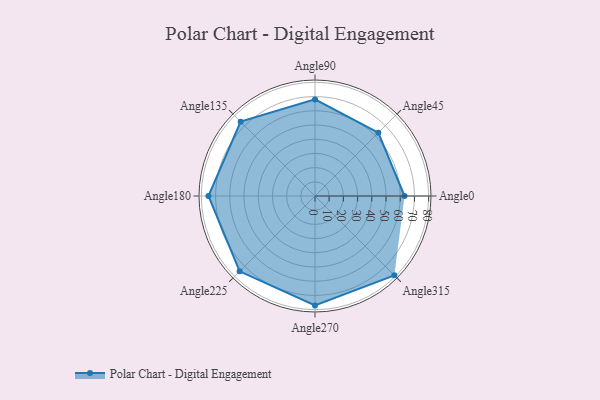
{"axis": {"x": "Angle", "y": "Radius"}, "legend": [""], "data": [{"x": "Angle0", "y": 63.0, "type": ""}, {"x": "Angle45", "y": 63.0, "type": ""}, {"x": "Angle90", "y": 68.0, "type": ""}, {"x": "Angle135", "y": 74.0, "type": ""}, {"x": "Angle180", "y": 75.0, "type": ""}, {"x": "Angle225", "y": 75.0, "type": ""}, {"x": "Angle270", "y": 77.0, "type": ""}, {"x": "Angle315", "y": 79.0, "type": ""}]}